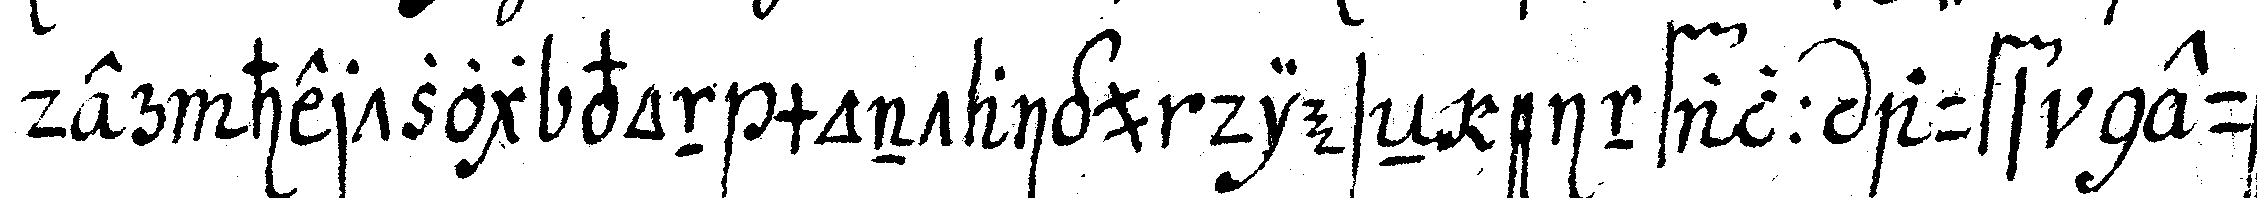
der hertzog vor montaigu dieseN einfall aufs neue